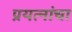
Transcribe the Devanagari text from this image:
प्रयत्‍नांचा